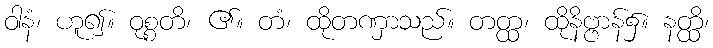
ဝါနံ၊ ဟူ၍။ ဝုစ္စတိ၊ ၏။ တံ၊ ထိုတဏှာသည်။ တတ္ထ၊ ထိုနိဗ္ဗာန်၌။ နတ္ထိ၊